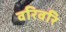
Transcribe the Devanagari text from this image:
वरिवरि